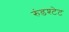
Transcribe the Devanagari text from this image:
रुंडश्टेट